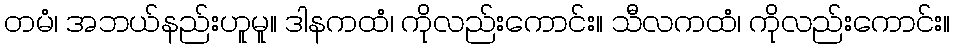
တမံ၊ အဘယ်နည်းဟူမူ။ ဒါနကထံ၊ ကိုလည်းကောင်း။ သီလကထံ၊ ကိုလည်းကောင်း။